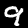
Digit: 9